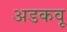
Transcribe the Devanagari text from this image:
अडकवू